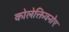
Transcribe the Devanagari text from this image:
कोलेक्तिवनोए